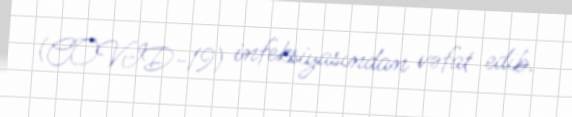
(COVID-19) infeksiyasından vəfat edib.